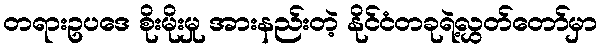
တရားဥပဒေ စိုးမိုးမှု အားနည်းတဲ့ နိုင်ငံတခုရဲ့လွှတ်တော်မှာ